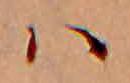
ハ